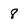
Character: 8